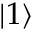
\left| 1 \right>